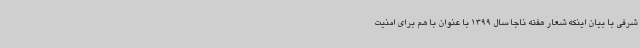
شرفی با بیان اینکه شعار هفته ناجا سال 1399 با عنوان با هم برای امنیت